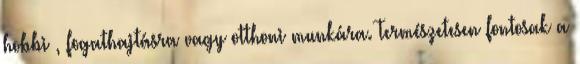
hobbi , fogathajtásra vagy otthoni munkára. Természetesen fontosak a